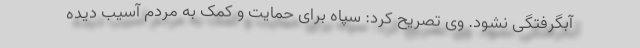
آبگرفتگی نشود. وی تصریح کرد: سپاه برای حمایت و کمک به مردم آسیب دیده